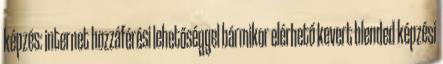
képzés: internet hozzáférési lehetőséggel bármikor elérhető kevert blended képzési